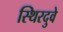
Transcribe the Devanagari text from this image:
स्थिरदुवे